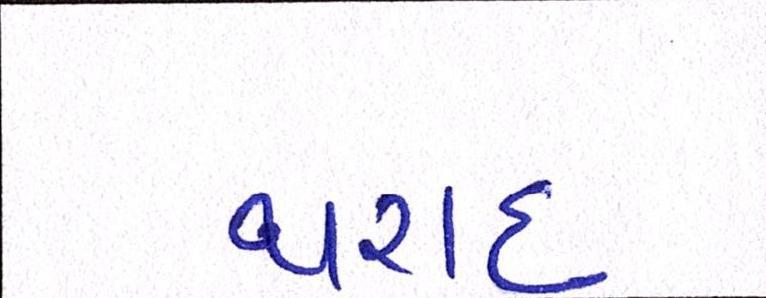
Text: થરાદ